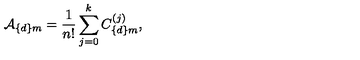
{ \cal A } _ { \{ d \} m } = { \frac { 1 } { n ! } } \sum _ { j = 0 } ^ { k } C _ { \{ d \} m } ^ { ( j ) } ,